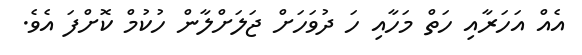
އެއް އަހަރާއި ހަތް މަހާއި ހަ ދުވަހަށް ޖަލަށްލާން ހުކުމް ކޮށްފަ އެވެ.